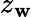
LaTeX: z_{\mathbf{w}}